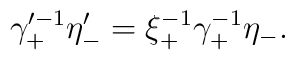
\gamma^{\prime -1}_+  \eta'_- = \xi^{-1}_+  \gamma^{-1}_+\eta_-.